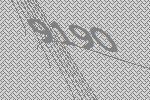
9190